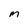
Character: m